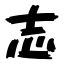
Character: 志